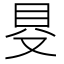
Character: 𠭁